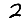
Digit: 2